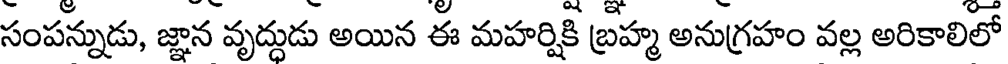
సంపన్నుడు, జ్ఞాన వృద్దుడు అయిన ఈ మహర్షికి బ్రహ్మ అనుగ్రహం వల్ల అరికాలిలో